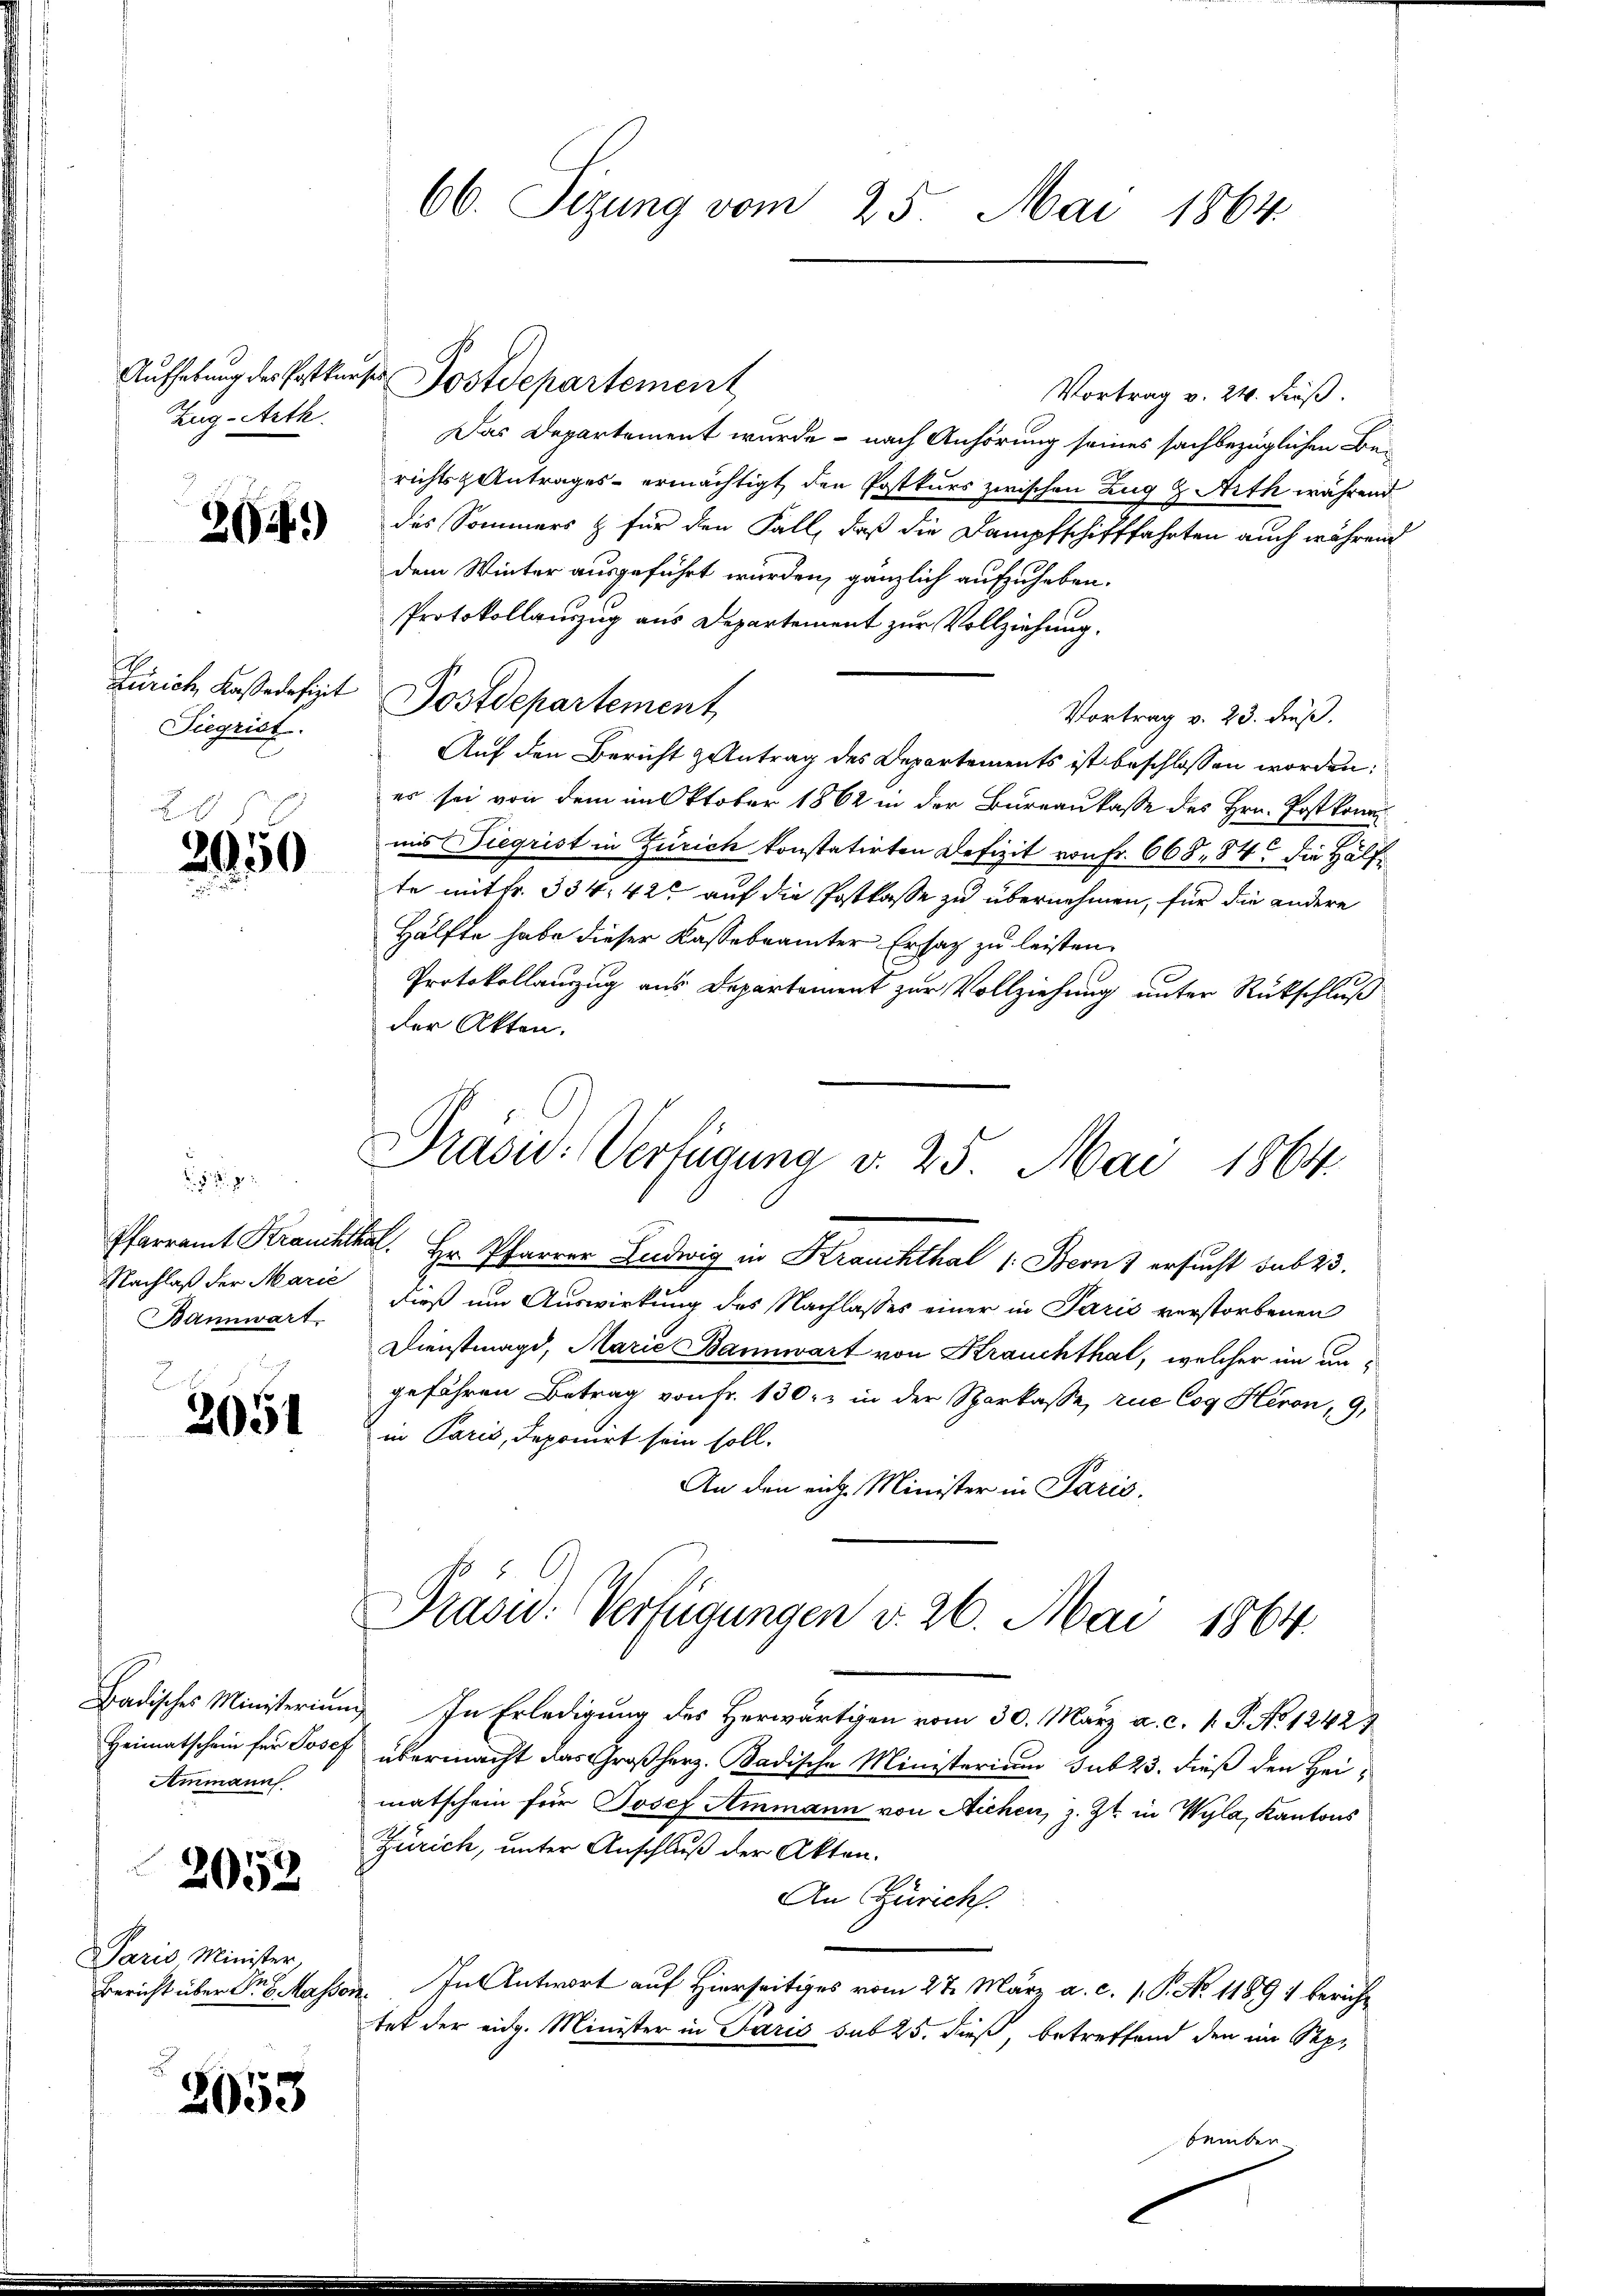
Zug-Arth.

2024)

Siegrist.

2950

p
Nachlaß der Marie
Bannwart

2051

Heimatschein für Josep
Ammann.

2053

Paris, Minister,

2053

66. Sizung vom 25. Mai 1864.

Vortrag v. 24. Fuß.
Das Departement wurde - nach Anhörung seines sachbezüglichen Berichtsantrages - ermächtigt, den Postkurs zwischen Zug & Arth während
des Sommers & für den Fall, daß die Dampfschifffahrten auch währen
dem Winter ausgeführt wurden, gänzlich aufzuheben.
Protokollauszug aus Departement zur Vollziehung.
Zürich Kassedesizt Postdepartement
Vortrag v. 23. dieß.
Auf den Bericht antrag des Departements ist beschlossen worden:
es sei von dem im Oktober 1862 in der Bureaukasse des Hrn. Post konn
uis Siegrist in Zürich konstatirten Defizit von Fr. 668. 84 die Hälfte mit fr. 334. 425 auf die Postkasse zu übernehmen, für die andere
Hälfte habe dieser Kasse beamter Ersatz zu leisten.
Protokollanzug aus Departement zur Vollziehung unter Rückschluß
der Akten.

Aufhebung der Postkurse Postdepartement

Präsid. Verfügung v. 25. Mai 1864.

Pfarramt Krauchthal. Hr. Pfarrer Ludwig in Krauchthal 1: Bern & ersucht sub 23.
dieß um Auswirkung des Nachlasses einer in Paris verstorbenen
Dienstmagd, Marie Bannwart von Krauchthal, welcher im ungefähren Betrag von Fr. 130. in der Sparkasse, rue Cog Heron, 9,
in Paris, deponirt sein soll.
An den rich. Minister in Paris.

Präsid. Verfügungen v. 26. Mai 1864.

Badisches Ministerium. In Erledigung des Herwärtigen vom 30. März a. c. v. J. No 12421
übermacht das Großherz. Badische Ministerium sub 23. dieß den Heimatschein für Josef Ammann von Aichen, z. Zt. in Wyla, Kantons
Zürich, unter Anschluß der Akten.
An Zürich.
Bericht über Sr. Kassen. In Antwort auf Hierseitiges vom 27. März a. c. 1. P. No 11891 bericht
tet der eidg. Minister in Paris sub 25. dieß, betreffend den im September